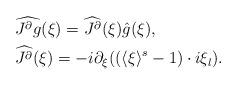
LaTeX: \begin{align*} & \widehat{J^{\partial} g}(\xi) = \widehat{J^{\partial}}(\xi) \hat g(\xi), \\ & \widehat{J^{\partial}}(\xi) = - i \partial_{\xi} ( (\langle \xi \rangle^s -1) \cdot i \xi_l ). \end{align*}